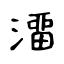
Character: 澑